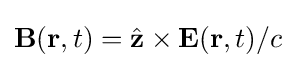
\mathbf {B} (\mathbf {r} ,t)={\hat {\mathbf {z} }}\times \mathbf {E} (\mathbf {r} ,t)/c